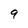
Character: 9